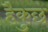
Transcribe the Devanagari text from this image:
हैकुछ